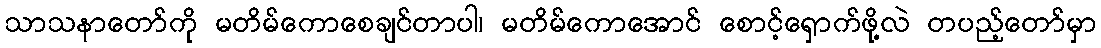
သာသနာတော်ကို မတိမ်ကောစေချင်တာပါ၊ မတိမ်ကောအောင် စောင့်ရှောက်ဖို့လဲ တပည့်တော်မှာ